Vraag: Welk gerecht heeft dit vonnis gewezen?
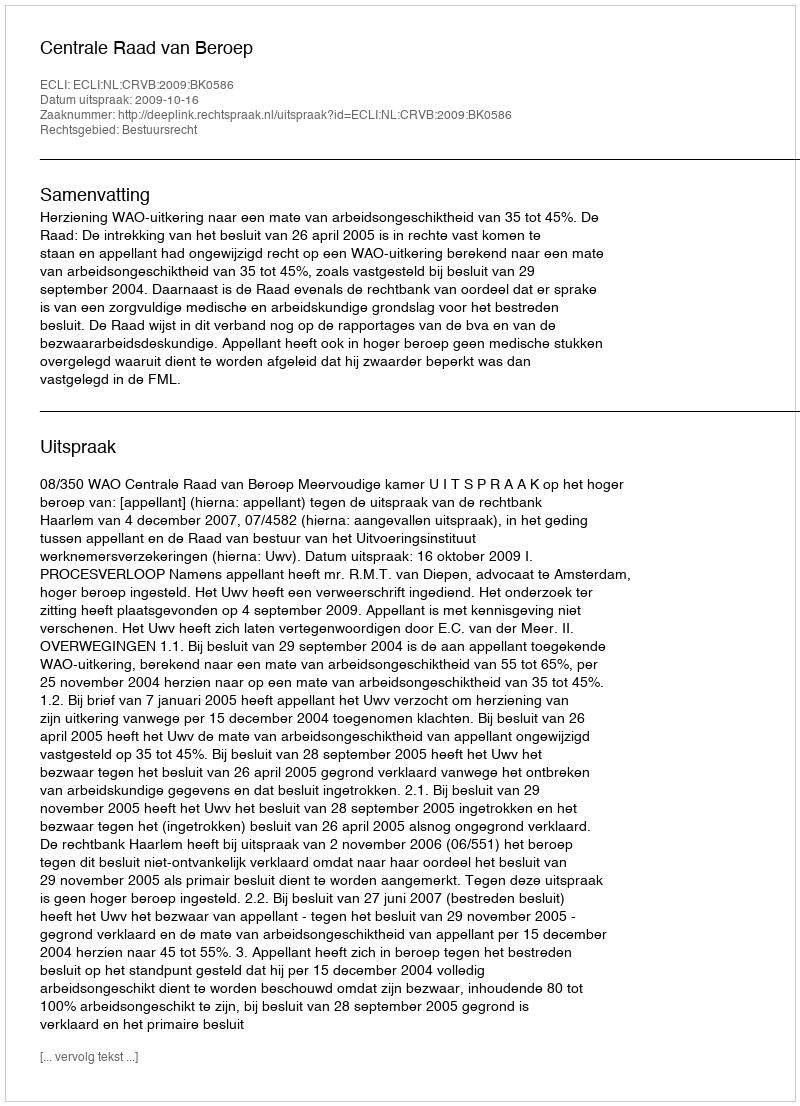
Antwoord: Centrale Raad van Beroep